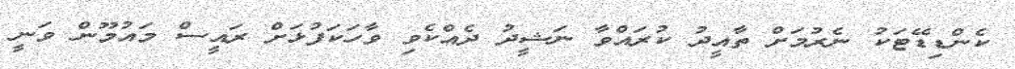
ކެންޑިޑޭޓަކު ނެރުމަށް ތާއީދު ކުރައްވާ ނަޝީދު ދެއްކެވި ވާހަކަފުޅަށް ރައީސް މައުމޫން ވަނީ